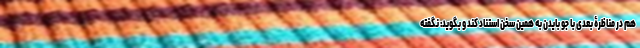
هم در مناظرۀ بعدی با جو بایدن به همین سخن استناد کند و بگوید: نگفته